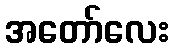
အတော်လေး